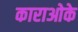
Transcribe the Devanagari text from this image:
काराओके